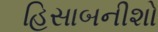
હિસાબનીશો